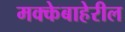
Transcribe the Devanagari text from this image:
मक्केबाहेरील